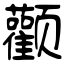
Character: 颧